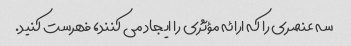
سه عنصری را که ارائه مؤثری را ایجاد می کنند، فهرست کنید.